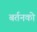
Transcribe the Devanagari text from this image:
बर्तनको